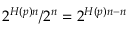
2 ^ { H ( p ) n } / 2 ^ { n } = 2 ^ { H ( p ) n - n }